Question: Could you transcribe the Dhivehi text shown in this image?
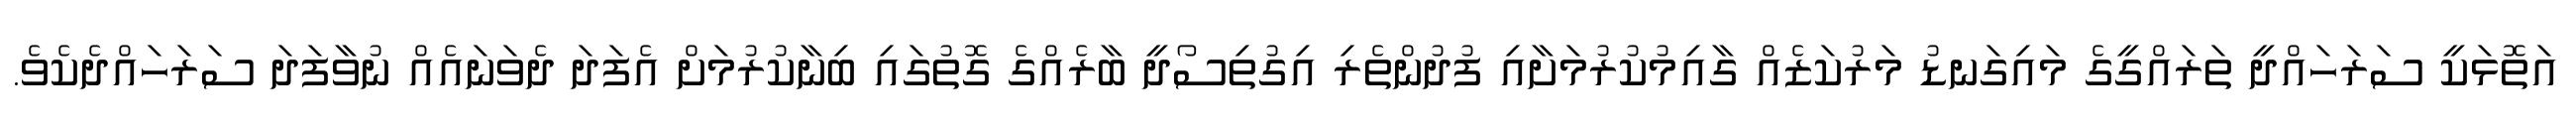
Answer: އަތޮޅަކީ ސަރަހައްދީ ތަރައްގީގެ މައިގަނޑު މަރުކަޒެއް ގާއިމުކުރުމަށާއި ފުދުންތެރި އިގުތިސޯދީ ބާރެއްގެ ގޮތުގައި ބިނާކުރުމަށް އެފަދަ ދެވަނައެއް ނުވާފަދަ ސަރަހައްދެކެވެ.